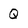
Character: Q